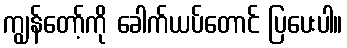
ကျွန်တော့်ကို ခေါက်ယပ်တောင် ပြပေးပါ။